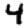
Digit: 4